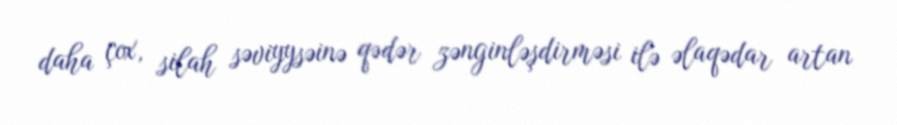
daha çox, silah səviyysəinə qədər zənginləşdirməsi ilə əlaqədar artan